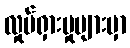
လှုပ်ရှားမှုများမှာ